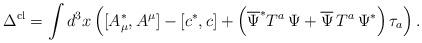
LaTeX: \begin{align*}\Delta ^{{\rm cl}}=\int d^3x\left( [A_\mu ^{*},A^\mu ]-\left[ c^{*},c\right]+\left( \overline{\Psi }^{*}T^a\,\Psi +\overline{\Psi }\,T^a\,\Psi^{*}\right) \tau _a\right) . \end{align*}